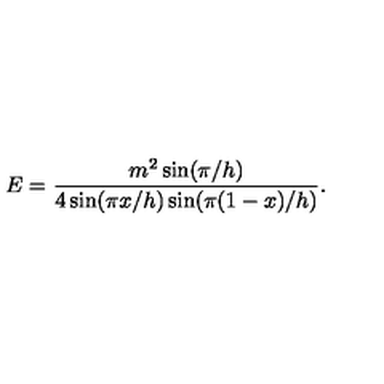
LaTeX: E = \frac { m ^ { 2 } \sin ( \pi / h ) } { 4 \sin ( \pi x / h ) \sin ( \pi ( 1 - x ) / h ) } .